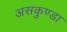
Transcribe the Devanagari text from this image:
असकुण्डा